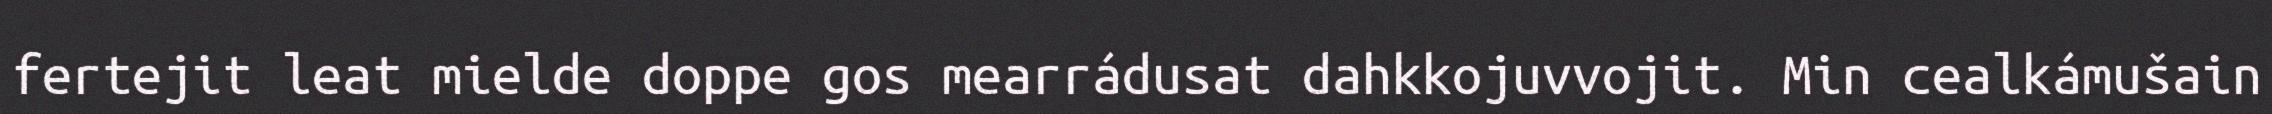
fertejit leat mielde doppe gos mearrádusat dahkkojuvvojit. Min cealkámušain